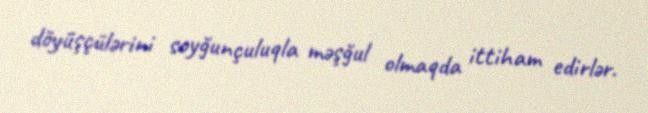
döyüşçülərini soyğunçuluqla məşğul olmaqda ittiham edirlər.